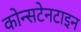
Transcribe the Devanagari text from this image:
कोन्सटेनटाइन